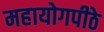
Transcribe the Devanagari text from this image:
महायोगपीठे